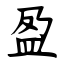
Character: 盈